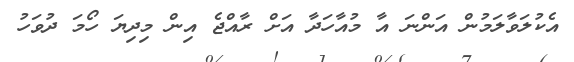
އެކުލަވާލަމުން އަންނަ އާ މުއާހަދާ އަށް ރާއްޖެ އިން މިދިޔަ ހޯމަ ދުވަހު